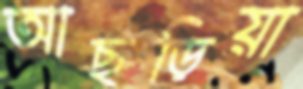
আছড়িয়া